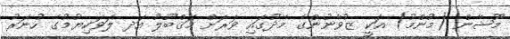
މޫޝާން (މުންމު) އަކީ ޒުވާނުންގެ މެދުގައި ވަރަށް މަޤްބޫލު އަދ ލަވަކިޔުމުގެ ހުނަރު